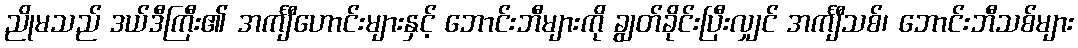
ညိုမသည် ဒယ်ဒီကြီး၏ အင်္ကျီဟောင်းများနှင့် ဘောင်းဘီများကို ချွတ်ခိုင်းပြီးလျှင် အင်္ကျီသစ်၊ ဘောင်းဘီသစ်များ